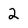
Character: 2